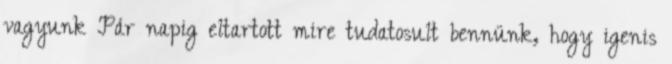
vagyunk Pár napig eltartott mire tudatosult bennünk, hogy igenis